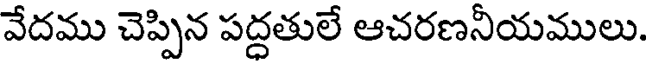
వేదము చెప్పిన పద్దతులే ఆచరణనీయములు.